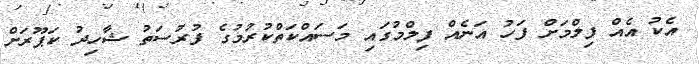
އެކު އެއް ފިލްމަށް ފަހު އަނެއް ފިލްމުގައި މަސައްކަތްކުރުމުގެ ފުުރުސަތު ޝާހިދު ކަޕޫރަށް